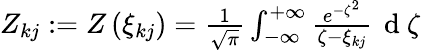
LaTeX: \begin{array}{r}{Z_{kj}:=Z\left(\xi_{kj}\right)=\frac{1}{\sqrt{\pi}}\int_{-\infty}^{+\infty}{\frac{e^{-\zeta^{2}}}{\zeta-\xi_{kj}}\, \mathrm{~d~}\zeta}}\end{array}